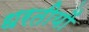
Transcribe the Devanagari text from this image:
धरतीयों